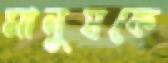
মানুষকে